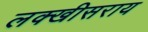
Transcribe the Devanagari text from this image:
लक्‍खीसराय